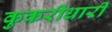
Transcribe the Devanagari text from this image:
कुकरीधारी